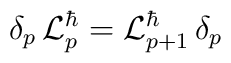
\delta_p \, {\cal L}_p^\hbar = {\cal L}_{p+1}^\hbar \, \delta_p